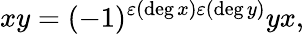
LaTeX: xy=(-1)^{\varepsilon(\deg x)\varepsilon(\deg y)}yx,